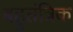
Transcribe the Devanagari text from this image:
बहुतंत्रिक